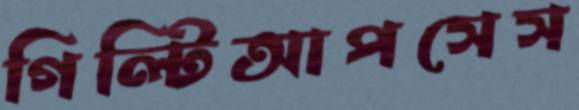
গিল্টিআপসেস